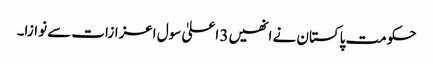
حکومت پاکستان نے انھیں 3 اعلیٰ سول اعزازات سے نوازا۔